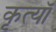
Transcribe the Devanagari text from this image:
कृत्यॉ